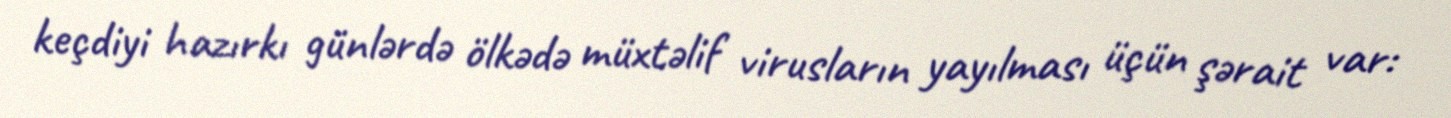
keçdiyi hazırkı günlərdə ölkədə müxtəlif virusların yayılması üçün şərait var: